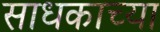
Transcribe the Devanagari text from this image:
साधकाच्या